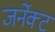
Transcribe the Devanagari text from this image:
जर्नेक्ट